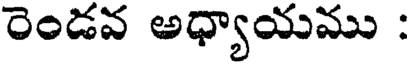
రెండవ అధ్యాయము :